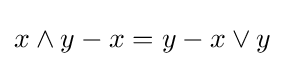
x\wedge y-x=y-x\vee y